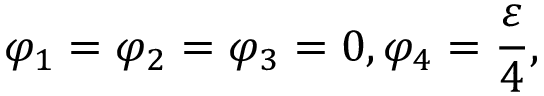
\varphi _ { 1 } = \varphi _ { 2 } = \varphi _ { 3 } = 0 , \varphi _ { 4 } = { \frac { \varepsilon } { 4 } } ,